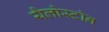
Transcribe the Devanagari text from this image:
यैलोस्टोन